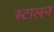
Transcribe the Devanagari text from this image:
स्टालन